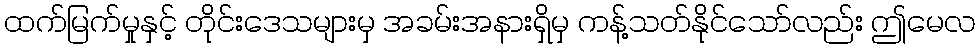
ထက်မြက်မှုနှင့် တိုင်းဒေသများမှ အခမ်းအနားရှိမှ ကန့်သတ်နိုင်သော်လည်း ဤမေလ